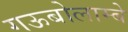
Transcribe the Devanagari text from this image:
गऊबोलाम्बे